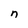
Character: n